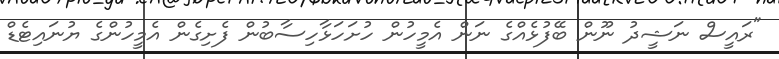
"ރައީސް ނަޝީދު ނޫން ބޭފުޅެއްގެ ނަން އެމީހުން ހުށަހަޅާހިސާބުން ފެށިގެން އެމީހުންގެ ޔުނައިޓެޑް